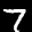
Label: 7